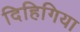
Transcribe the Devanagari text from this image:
दिहिगिया